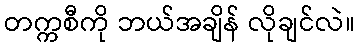
တက္ကစီကို ဘယ်အချိန် လိုချင်လဲ။